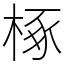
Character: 椓